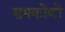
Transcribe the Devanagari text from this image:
समकोणों